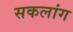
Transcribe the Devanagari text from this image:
सकलांग